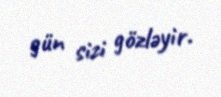
gün sizi gözləyir.